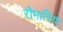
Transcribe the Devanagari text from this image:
रौमानिया